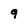
Character: q